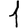
Digit: 1